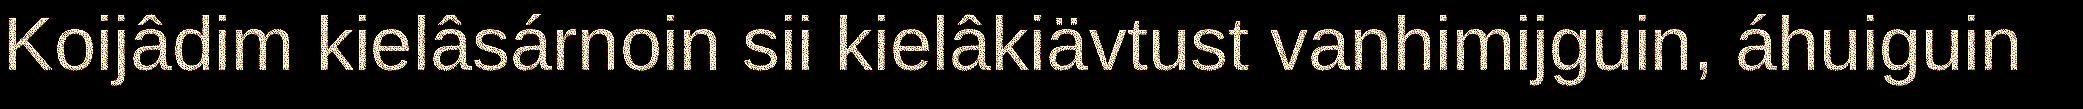
Koijâdim kielâsárnoin sii kielâkiävtust vanhimijguin, áhuiguin